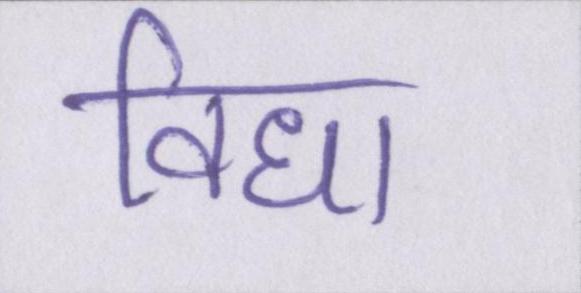
विधा